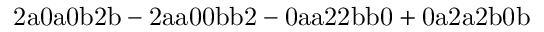
\mathrm { 2 a 0 a 0 b 2 b - 2 a a 0 0 b b 2 - 0 a a 2 2 b b 0 + 0 a 2 a 2 b 0 b }